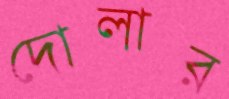
দোলার